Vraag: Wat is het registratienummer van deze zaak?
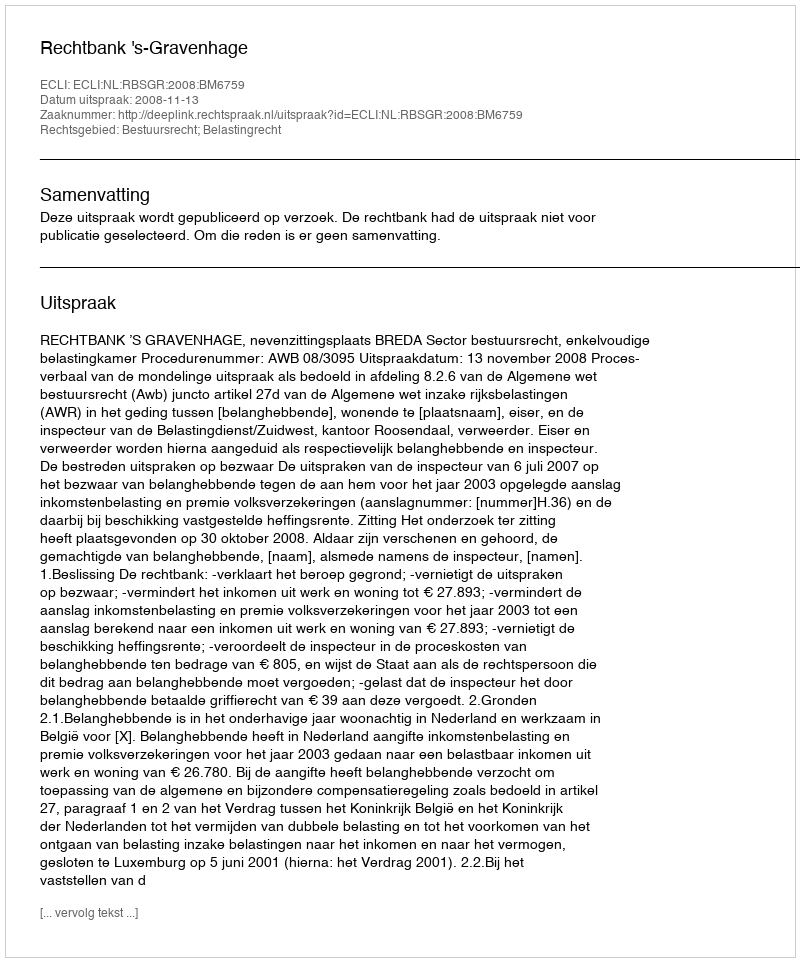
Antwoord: http://deeplink.rechtspraak.nl/uitspraak?id=ECLI:NL:RBSGR:2008:BM6759